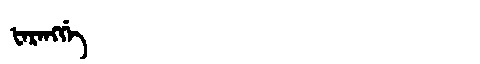
Manchu: ᡶᠠᡵᠠᠩᡤᡝ
Romanization: FARANGGE